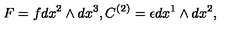
F = f d x ^ { 2 } \wedge d x ^ { 3 } , C ^ { \left( 2 \right) } = \epsilon d x ^ { 1 } \wedge d x ^ { 2 } ,